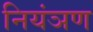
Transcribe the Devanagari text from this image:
नियंञण